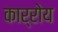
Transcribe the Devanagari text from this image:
कार्रोय